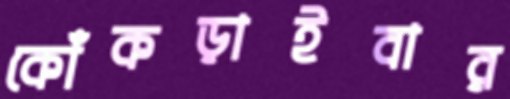
কোঁকড়াইবার